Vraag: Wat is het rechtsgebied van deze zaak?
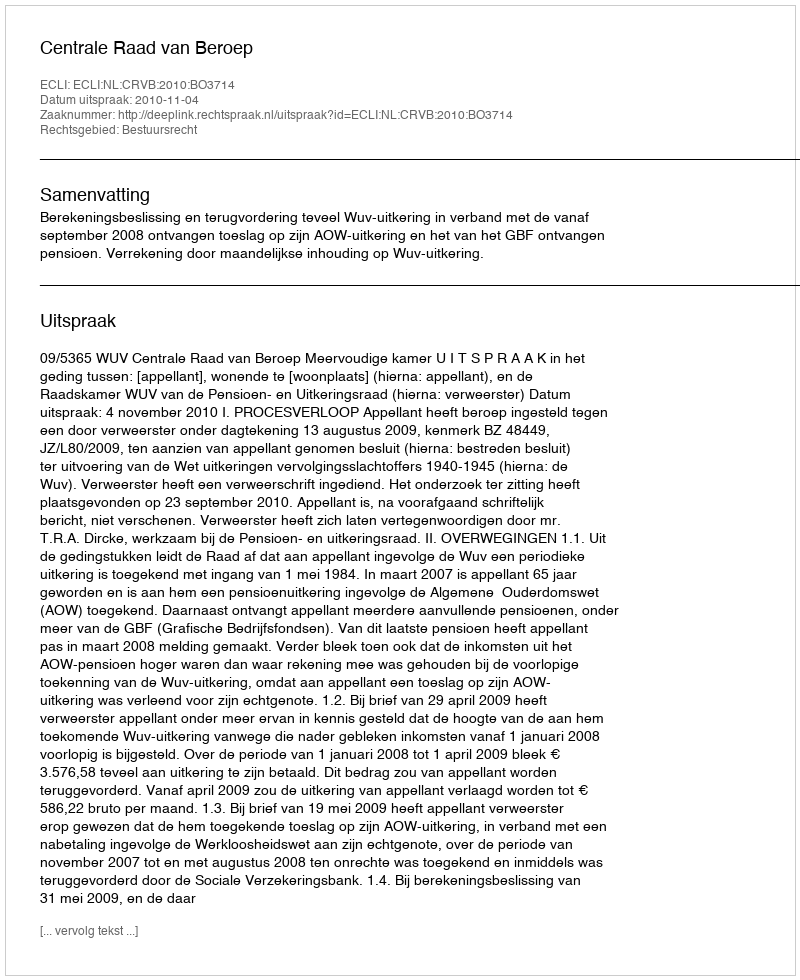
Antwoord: Bestuursrecht